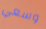
وسعي